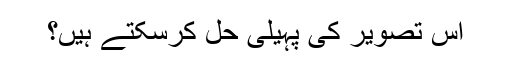
اس تصویر کی پہیلی حل کرسکتے ہیں؟